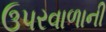
ઉપરવાળાની